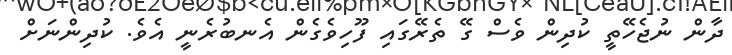
ދާން ނުޖެހޭތީ ކުދިން ވެސް ގޭ ތެރޭގައި ފޫހިވެގެން އެނބުރެނީ އެވެ. ކުދިންނަށް